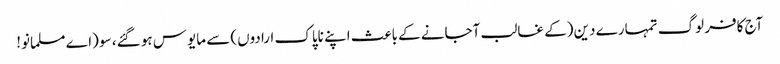
آج کافر لوگ تمہارے دین (کے غالب آجانے کے باعث اپنے ناپاک ارادوں) سے مایوس ہو گئے، سو (اے مسلمانو!